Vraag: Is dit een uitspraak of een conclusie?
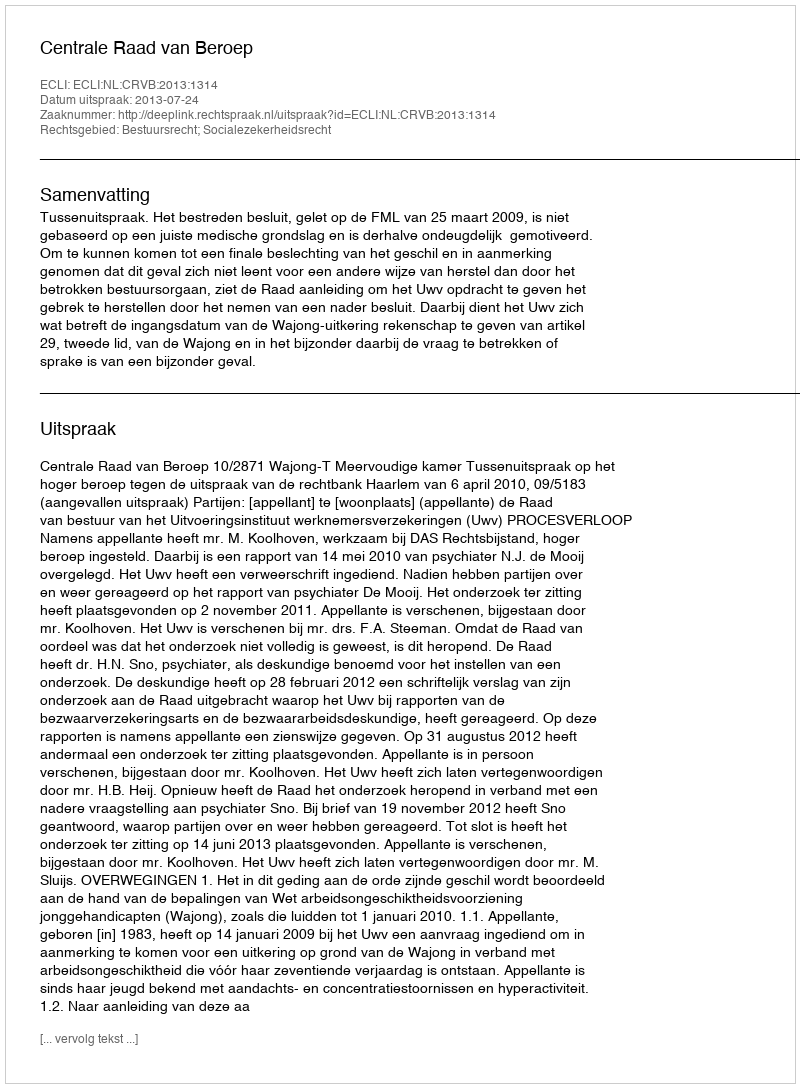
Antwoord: Uitspraak